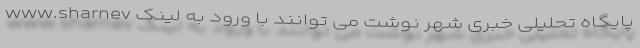
پایگاه تحلیلی خبری شهر نوشت می توانند با ورود به لینک www.sharnev